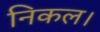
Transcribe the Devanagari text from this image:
निकल।